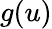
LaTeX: g(u)